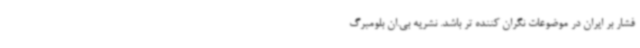
فشار بر ایران در موضوعات نگران کننده تر باشد. نشریه بی.ان بلومبرگ